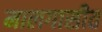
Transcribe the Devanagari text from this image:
मालगासीत